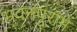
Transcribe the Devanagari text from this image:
भवनपुरामें